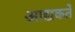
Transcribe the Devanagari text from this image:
आद्यकर्ते